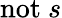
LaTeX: \mathrm{not}~s